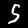
Digit: 5